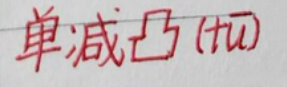
单减凸\(t \overline{u}\)